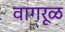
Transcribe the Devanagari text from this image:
वागरूळ